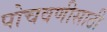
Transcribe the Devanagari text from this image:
पोचवणीसाठी